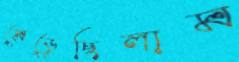
মেড়েছিলাম